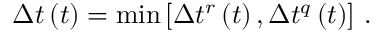
\Delta t \left( t \right) = { \mathrm { m i n } \left[ \Delta t ^ { r } \left( t \right) , \Delta t ^ { q } \left( t \right) \right] \ } .